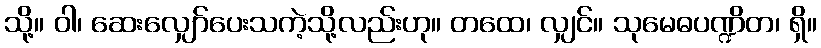
သို့။ ဝါ၊ ဆေးလျှော်ပေးသကဲ့သို့လည်းဟု။ တထေ၊ လျှင်။ သုမေဓပဏ္ဍိတ၊ ရှိ။